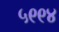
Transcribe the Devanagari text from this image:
५९९४